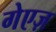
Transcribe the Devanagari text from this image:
गेएज़